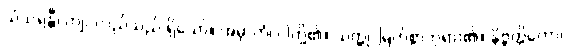
သံသရန္တီ၊ ကျင်လည်သည် ရှိသော်။ အမှာကံ၊ ငါတို့၏။ သတ္ထု၊ မြတ်စွာဘုရား၏။ နိဗ္ဗတ္တိတော၊